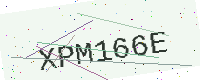
Text: XPM166E